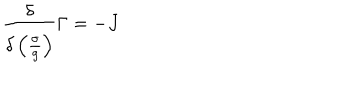
\frac { \delta } { \delta \left( \frac { \sigma } { g } \right) } \Gamma = - J